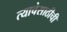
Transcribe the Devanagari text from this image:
त्याचेसाठीची